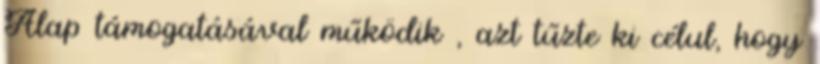
Alap támogatásával működik , azt tűzte ki célul, hogy